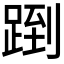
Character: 𬦶